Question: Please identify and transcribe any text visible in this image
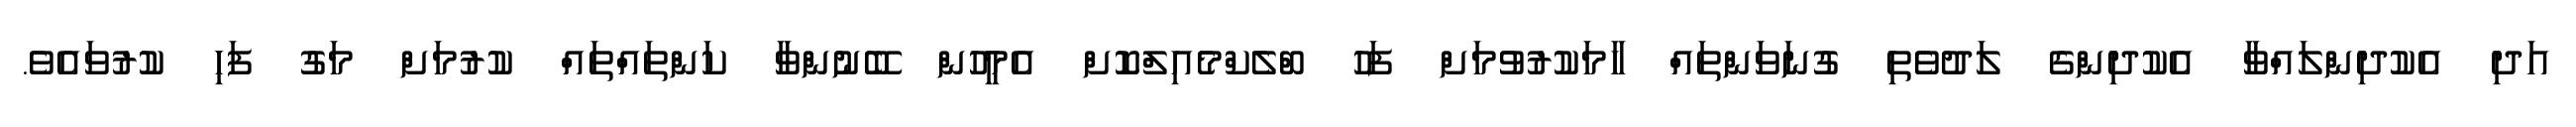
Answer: އަދި އެކުދިންލައްވާ އެކުދިންގެ ލަދުވެތި ގުނަވަންތައް ހާމަކުރުވުމަށް ފަހު ބްލެކްމެއިލްކޮށް އެމީހުން ބޭނުންވާ ކަންތައްތައް ކުރުމަށް މަގު ފަހި ކުރުވައެވެ.